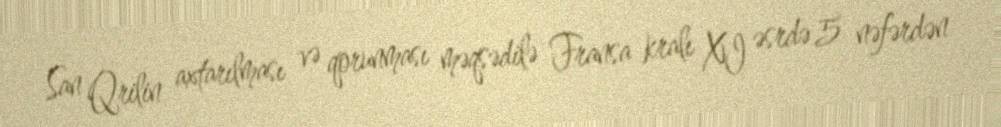
San Qrilin axtarılması və qorunması məqsədilə Fransa kralı XI əsrdə 5 nəfərdən